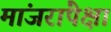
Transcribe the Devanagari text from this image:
मांजरांपेक्षा